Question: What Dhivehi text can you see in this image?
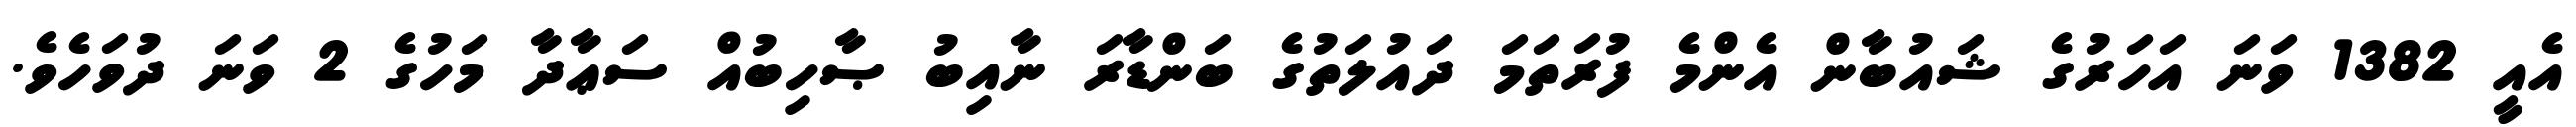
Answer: އެއީ 1382 ވަނަ އަހަރުގެ ޝައުބާން އެންމެ ފުރަތަމަ ދައުލަތުގެ ބަންޑާރަ ނާއިބު ޞާހިބުއް ސަޢާދާ މަހުގެ 2 ވަނަ ދުވަހެވެ.